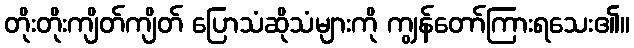
တိုးတိုးကျိတ်ကျိတ် ပြောသံဆိုသံများကို ကျွန်တော်ကြားရသေး၏။